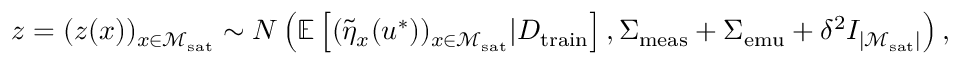
z = ( z ( x ) ) _ { x \in \mathcal { M } _ { \mathrm { s a t } } } \sim N \left( \mathbb { E } \left[ ( \Tilde { \eta } _ { x } ( u ^ { * } ) ) _ { x \in \mathcal { M } _ { \mathrm { s a t } } } \vert D _ { \mathrm { t r a i n } } \right] , \Sigma _ { \mathrm { m e a s } } + \Sigma _ { \mathrm { e m u } } + \delta ^ { 2 } I _ { \lvert \mathcal { M } _ { \mathrm { s a t } } \rvert } \right) ,